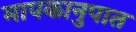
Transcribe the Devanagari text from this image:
मापकानुपात